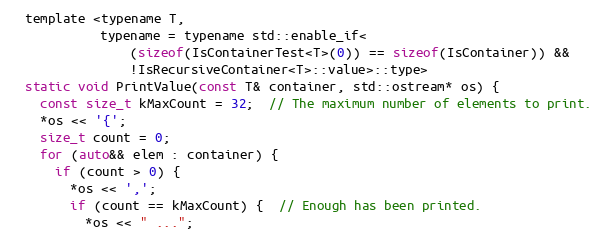
Language: C
  template <typename T,
            typename = typename std::enable_if<
                (sizeof(IsContainerTest<T>(0)) == sizeof(IsContainer)) &&
                !IsRecursiveContainer<T>::value>::type>
  static void PrintValue(const T& container, std::ostream* os) {
    const size_t kMaxCount = 32;  // The maximum number of elements to print.
    *os << '{';
    size_t count = 0;
    for (auto&& elem : container) {
      if (count > 0) {
        *os << ',';
        if (count == kMaxCount) {  // Enough has been printed.
          *os << " ...";